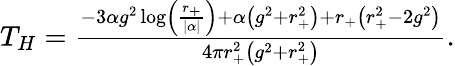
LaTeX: \begin{array}{r}{T_{H}=\frac{-3\alpha g^{2}\log\left(\frac{r_{+}}{|\alpha|}\right)+\alpha\left(g^{2}+r_{+}^{2}\right)+r_{+}\left(r_{+}^{2}-2g^{2}\right)}{4\pi r_{+}^{2}\left(g^{2}+r_{+}^{2}\right)}.}\end{array}